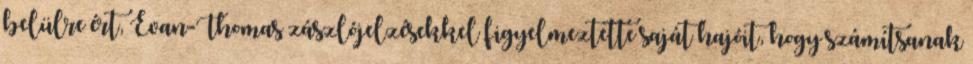
belülre ért, Evan-Thomas zászlójelzésekkel figyelmeztette saját hajóit, hogy számítsanak